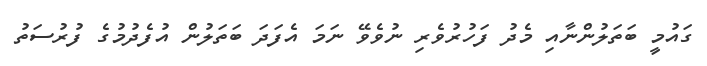
ގައުމީ ބަތަލުންނާއި މެދު ފަހުރުވެރި ނުވެވޭ ނަމަ އެފަދަ ބަތަލުން އުފެދުމުގެ ފުރުސަތު